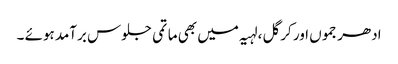
ادھر جموں اور کرگل ،لہیہ میں بھی ماتمی جلوس برآمد ہوئے ۔